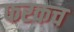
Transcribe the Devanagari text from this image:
फरकच